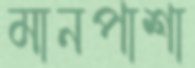
মানপাশা